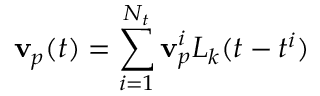
\mathbf { v } _ { p } ( t ) = \sum _ { i = 1 } ^ { N _ { t } } \mathbf { v } _ { p } ^ { i } L _ { k } ( t - t ^ { i } )